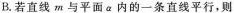
B.若直线m与平面\alpha 内的一条直线平行，则